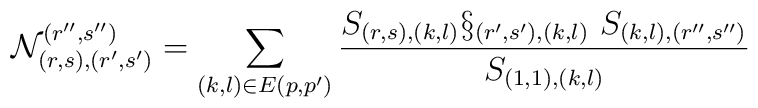
\mathcal{N}_{(r,s),(r^{\prime },s^{\prime })}^{(r^{\prime \prime },s^{\prime\prime })}\medskip =\sum_{(k,l)\in E(p,p^{\prime })}\frac{S_{(r,s),(k,l)}\S_{(r^{\prime },s^{\prime }),(k,l)}\ S_{(k,l),(r^{\prime \prime },s^{\prime\prime })}}{S_{(1,1),(k,l)}}